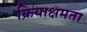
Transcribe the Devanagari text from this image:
क्रियाक्षमता